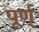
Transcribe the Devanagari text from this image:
पूर्ण्